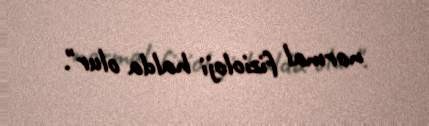
normal fizioloji halda olur".